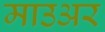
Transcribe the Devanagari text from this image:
माउअर